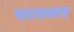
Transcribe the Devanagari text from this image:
पराप्रसाद